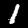
Label: 1